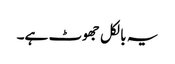
یہ بالکل جھوٹ ہے۔